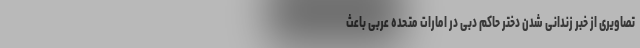
تصاویری از خبر زندانی شدن دختر حاکم دبی در امارات متحده عربی باعث